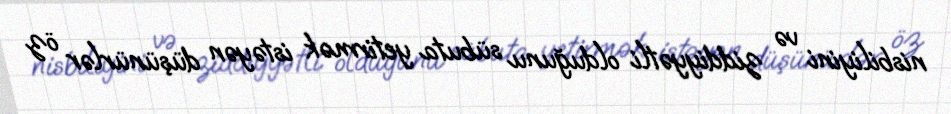
nisbiliyini və ziddiyyətli olduğunu sübuta yetirmək istəyən düşünürlər öz